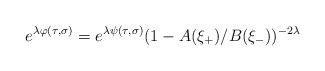
LaTeX: \begin{align*}e^{\lambda\varphi(\tau,\sigma)} = e^{\lambda\psi(\tau,\sigma)}(1-A(\xi_{+})/B(\xi_{-}))^{-2\lambda}\end{align*}